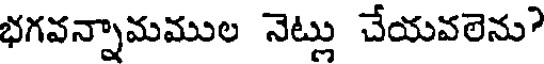
భగవన్నామముల నెట్లు చేయవలెను?